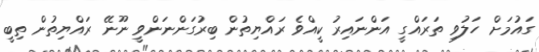
ގައުމަށް ހަލުވި ތަރައްގީ އަންނައިރު ކީއްވެ ރައްޔިތުން ބިރުގަންނަންވީ ނޫނޭ ރައްޔިތުން ތިބީ